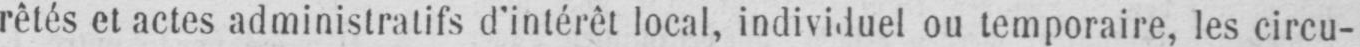
rêtés et actes administratifs d’intérêt local, individuel ou temporaire, les circu-